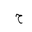
Letter: _ha